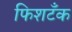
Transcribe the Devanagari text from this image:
फिशटँक